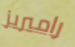
راميريز